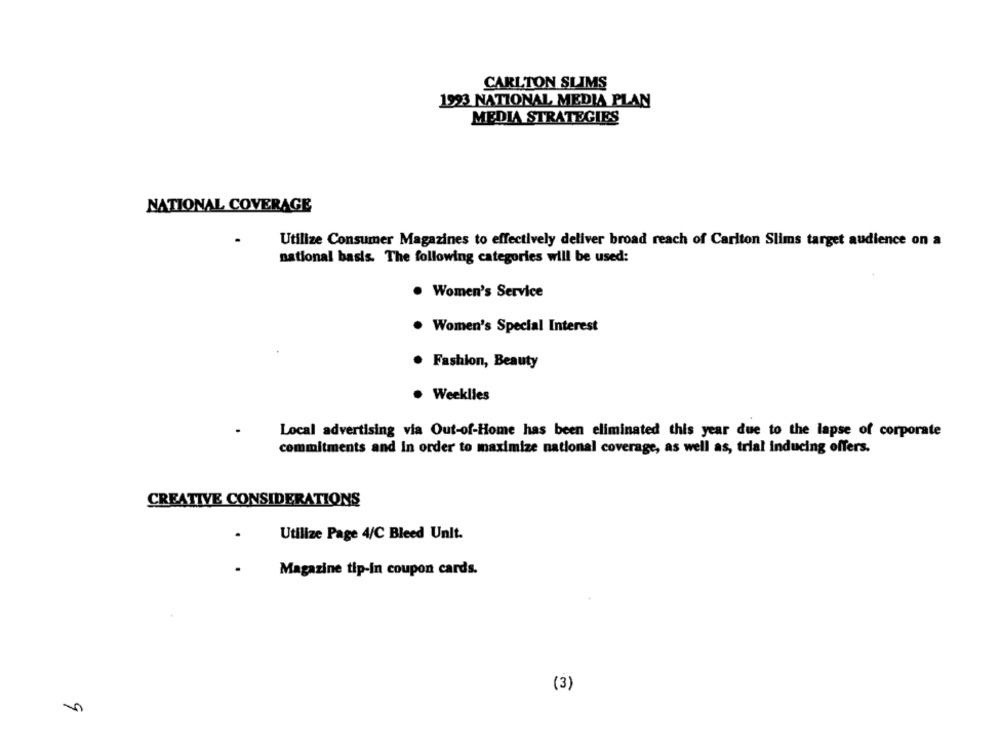
CARLTON SLIMS
1923 NATIONAL MEDIA PLAN
MEDIA STRATEGIES
NATIONAL COVERAGE
Utilize Consumer Magazines to effectively deliver broad reach of Carlton Slims target audience on a
national basis. The following categories will be used:
. Women's Service
Women's Special Interest
· Fashion, Beauty
· Weeklies
Local advertising via Out-of-Home has been eliminated this year due to the lapse of corporate
commitments and in order to maximize national coverage, as well as, trial inducing offers.
CREATIVE CONSIDERATIONS
.
Utilize Page 4/C Bleed Unit.
Magazine tip-in coupon cards.
(3)